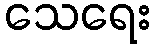
သေရေး